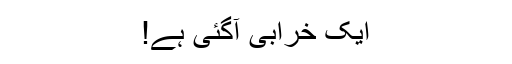
ایک خرابی آگئی ہے!